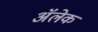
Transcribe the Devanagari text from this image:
अॅलेक